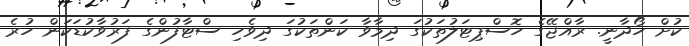
ކުށް ހޯދާނީ. ރާއްޖޭގެ ހޮސްޕިޓަލުތަކުގަ ދިމާވާ ކަންތަކުގަ ދިވެހި ސްޓާފުންގެ ފަރުވާކުޑަކަން ހުރެ